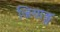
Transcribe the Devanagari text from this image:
जियाङ्ग